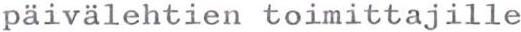
päivälehtien toimittajille